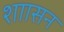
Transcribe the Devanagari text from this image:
शाासन